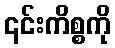
၎င်းကိစ္စကို